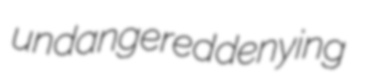
undangered denying